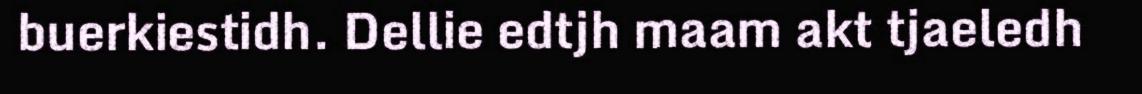
buerkiestidh. Dellie edtjh maam akt tjaeledh